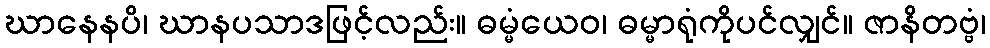
ဃာနေနပိ၊ ဃာနပသာဒဖြင့်လည်း။ ဓမ္မံယေဝ၊ ဓမ္မာရုံကိုပင်လျှင်။ ဇာနိတဗ္ဗံ၊